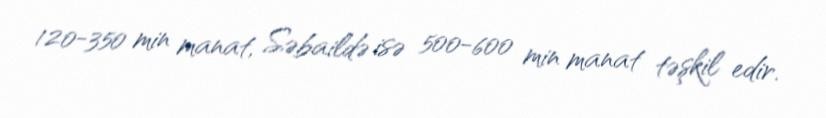
120-350 min manat, Səbaildə isə 500-600 min manat təşkil edir.